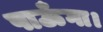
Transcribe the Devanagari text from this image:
पाऊँगा।